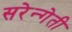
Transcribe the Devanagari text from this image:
सरेन्गेती